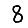
Digit: 8